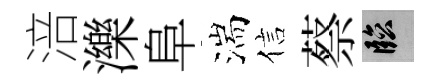
涪濼阜湍信蔡臨